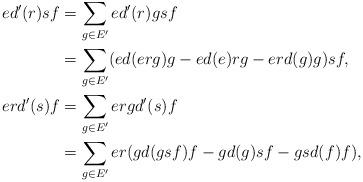
LaTeX: \begin{align*} ed'(r)sf&=\sum_{g\in E'}ed'(r)gsf\\ &=\sum_{g\in E'}(ed(erg)g-ed(e)rg-erd(g)g)sf,\\ erd'(s)f&=\sum_{g\in E'}ergd'(s)f\\ &=\sum_{g\in E'}er(gd(gsf)f-gd(g)sf-gsd(f)f),\end{align*}